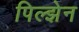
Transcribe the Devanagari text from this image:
पिल्झेन